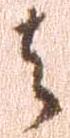
者